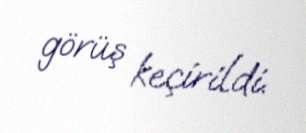
görüş keçirildi.